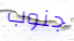
جنوب